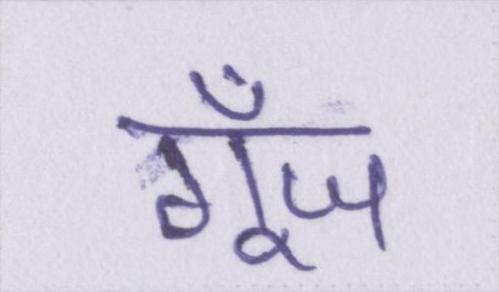
गूँज